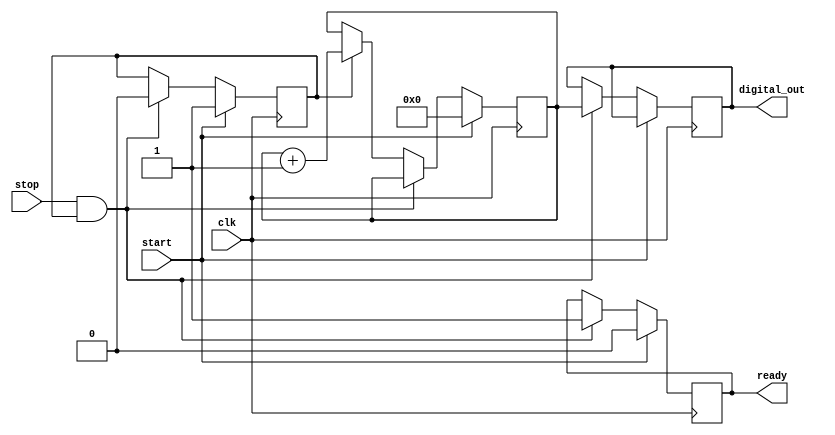
module TDC (
    input wire clk,               // High-frequency clock input
    input wire start,             // Start signal for measurement
    input wire stop,              // Stop signal for measurement
    output reg [31:0] digital_out, // Output digital value (time interval)
    output reg ready              // Status signal indicating data readiness
);
    // Internal register to hold the counter value
    reg [31:0] counter;
    reg measuring;               // State indicating if measuring is in progress

    // Counter process
    always @(posedge clk) begin
        if (start) begin
            counter <= 32'b0;    // Reset counter on start
            measuring <= 1'b1;   // Set measuring flag
            ready <= 1'b0;       // Clear ready flag
        end else if (stop && measuring) begin
            digital_out <= counter;   // Capture counter value to digital output
            measuring <= 1'b0;         // Stop measuring
            ready <= 1'b1;             // Set ready flag
        end else if (measuring) begin
            counter <= counter + 1;    // Increment counter if measuring
        end
    end

    // Optional: Additional power management or calibration units can be added here
    // Power management example (clock gating) can be implemented through additional logic.
    
endmodule